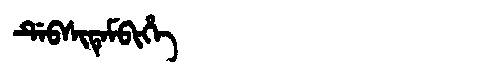
Manchu: ᡩᡝᠪᠰᡳᡨᡝᠮᠪᡳᡥᡝ
Romanization: DEBSITEMBIHE